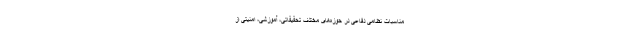
مناسبات نظامی دفاعی در حوزه‌های مختلف تحقیقاتی، آموزشی، امنیتی از